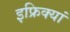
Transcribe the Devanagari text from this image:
इफ्रिक्यां